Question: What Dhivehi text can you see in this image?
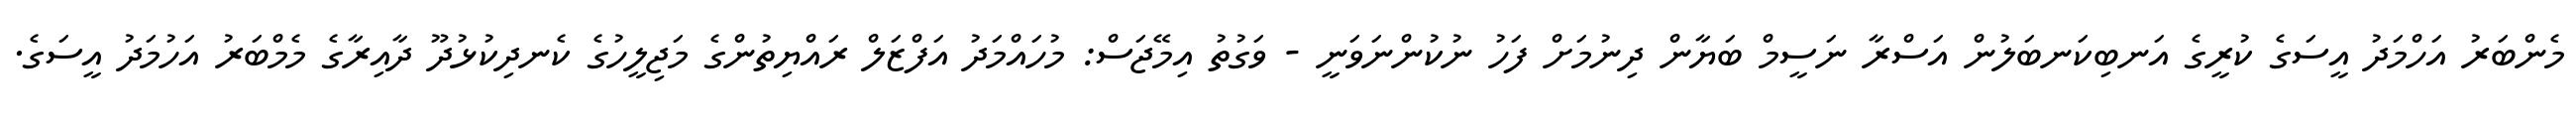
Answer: މެންބަރު އަހްމަދު އީސަގެ ކުރީގެ އަނބިކަނބަލުން އަސްރާ ނަސީމް ބަޔާން ދިނުމަށް ފަހު ނުކުންނަވަނީ - ވަގުތު އިމޭޖަސް: މުހައްމަދު އަފްޒަލް ރައްޔިތުންގެ މަޖިލީހުގެ ކެނދިކުޅުދޫ ދާއިރާގެ މެމްބަރު އަހުމަދު އީސަގެ.